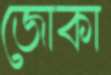
জোকা